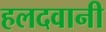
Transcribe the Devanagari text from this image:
हलदवानी